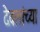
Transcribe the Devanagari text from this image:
देवलांच्या